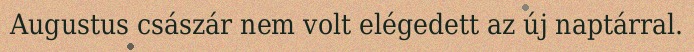
Augustus császár nem volt elégedett az új naptárral.